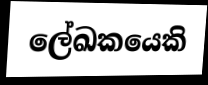
ලේඛකයෙකි